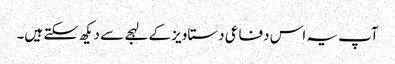
آپ یہ اس دفاعی دستاویز کے لہجے سے دیکھ سکتے ہیں۔